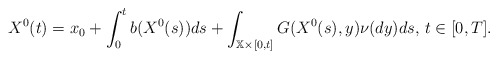
\begin{align*}X^{0}(t)=x_{0}+\int_{0}^{t}b(X^{0}(s))ds+\int_{\mathbb{X}\times\lbrack0,t]}G(X^{0}(s),y)\nu(dy)ds,\,t\in\lbrack0,T]. \end{align*}